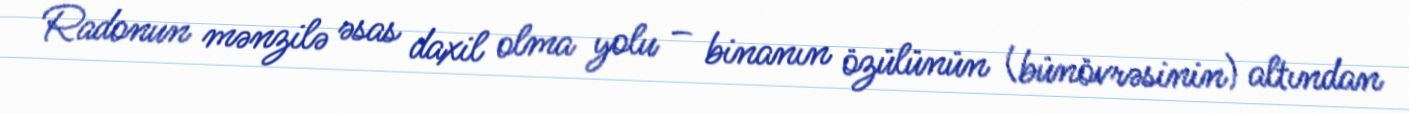
Radonun mənzilə əsas daxil olma yolu – binanın özülünün (bünövrəsinin) altından